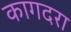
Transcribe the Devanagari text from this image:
कागदरा